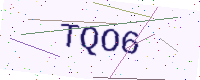
Text: TQO6